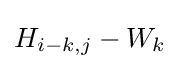
H_{i-k,j}-W_{k}